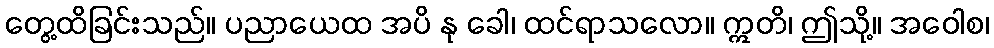
တွေ့ထိခြင်းသည်။ ပညာယေထ အပိ နု ခေါ၊ ထင်ရာသလော။ ဣတိ၊ ဤသို့။ အဝေါစ၊